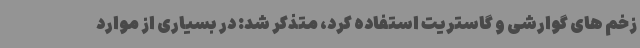
زخم های گوارشی و گاستریت استفاده کرد، متذکر شد: در بسیاری از موارد